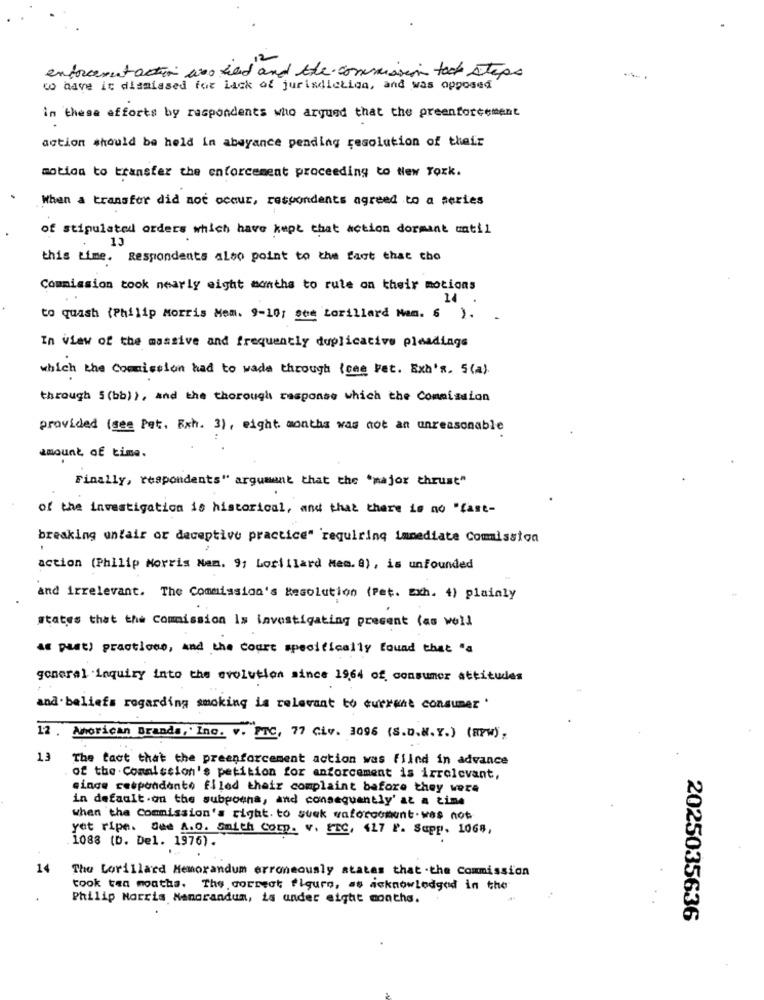
enforcement action wo ked and the commission took steps
co have it dismissed for Lack of jurisdiction, and was opposed
in these efforts by respondents who argued that the preenforcement
action should be held in abeyance pending resolution of their
motion to transfer the enforcement proceeding to New Toxk.
When a transfer did not occur, respondents agreed to a series
of stipulated orders which have kept that action dormant matil
1J
this time. Respondents also point to the fact that cho
Commission took nearly eight months to rule on their motions
14
to quash (Philip Morris Mem. 9-10; sem Lorillard Nam. 6 ).
In View of the massive and frequently duplicative pleadings
which the Commission had to wade through (one Net. Exh's. 5(a).
through 5(bb)), and the thorough response which the Commission
provided (see Pot. Exh. 3), eight months was not an unreasonable
amount of time.
Finally, respondents" argument that the "major thrust"
of the investigation is historical, and that there is no "fast-
breaking untair or deceptive practice" requiring immediate Commission
action (Philip Morris Nam. 9; Lorillard Mem. 8), is unfounded
and irrelevant. The Commission's Resolution (Pet. Exh. 4) plainly
states that the Commission Is investigating present (as well
as past) practices, and the court specifically found that "a
general inquiry into the evolution since 19,64 of consumer attitudes
and.beliefs regarding smoking is relevant to current consumer '
12 . Amorican Branda, Inc. v. PTC, 77 Civ. 3096 (S.D.N.Y.) (arw),
13
The fact that the preenforcement action was fiind in advance
of the Commission's petition for anforcement is irrelevant,
cinge respondante filed their complaint before they were
in default.on the subpouna, and consequently' at a time
when the Commission's right. to suak waforcoment.was not
yet ripe. One A.O. Smith Comp. v. FTC, 417 F. Supp. 1068,
. 1088 (b. Del. 1976).
14
The Lorillard Memorandum erroneously states that .the Commission
took ten months. The correct figure, as acknowledged in the
Philip Morris Mangrandum, is under eight months.
2025035636